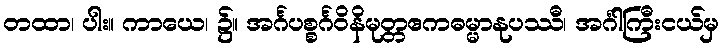
တထာ၊ ပါး။ ကာယေ၊ ၌။ အင်္ဂပစ္စင်္ဂဝိနိမုတ္တဧကဓမ္မာနုပဿီ၊ အင်္ဂါကြီးငယ်မှ